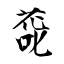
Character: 蒊